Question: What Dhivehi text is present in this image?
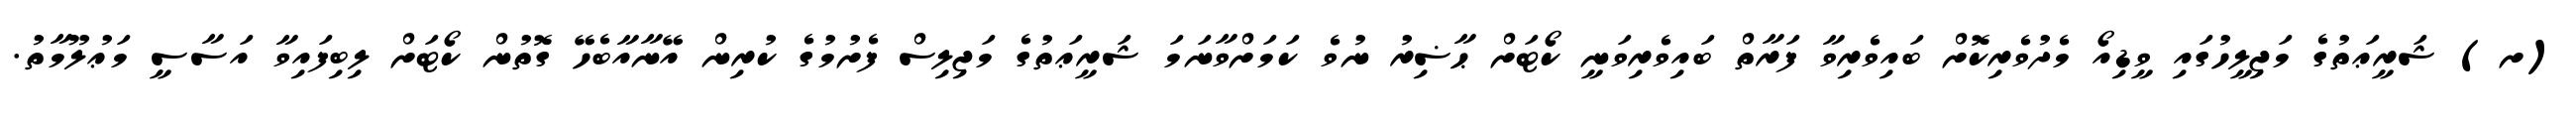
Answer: (ށ) ޝަރީޢަތުގެ މަޖިލީހުގައި ވީޑިއޯ މެދުވެރިކޮށް ބައިވެރިވާ ފަރާތް ބައިވެރިވަނީ ކޯޓަށް ޙާޟިރު ނުވެ ކަމަށްވާނަމަ ޝަރީޢަތުގެ މަޖިލިސް ފެށުމުގެ ކުރިން އޭނާއާބެހޭ ގޮތުން ކޯޓަށް ލިބިފައިވާ އަސާސީ މަޢުލޫމާތު.